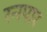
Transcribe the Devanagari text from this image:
रनपार